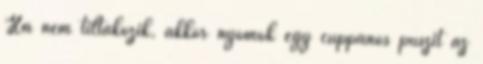
Ha nem tiltakozik, akkor nyomok egy cuppanós puszit az